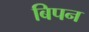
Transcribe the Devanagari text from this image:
बिपन